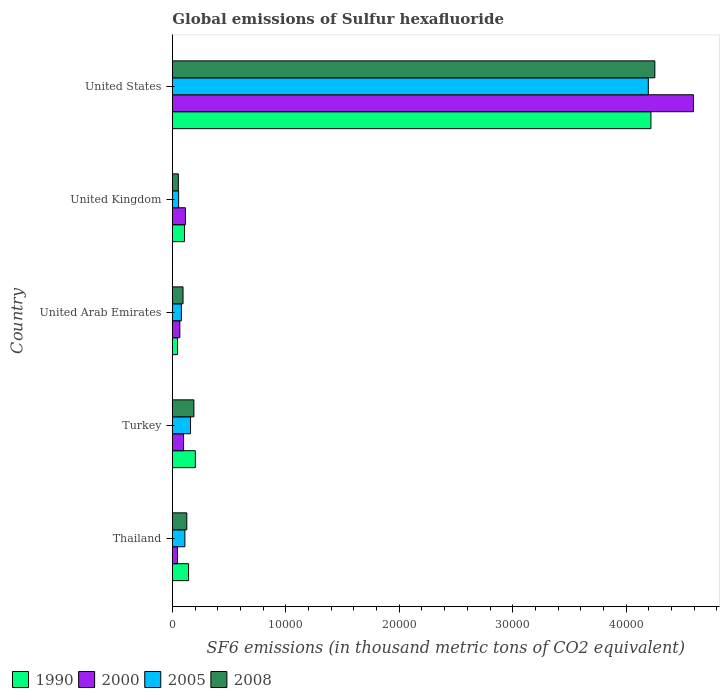
| Country | 1990 | 2000 | 2005 | 2008 |
 | --- | --- | --- | --- | --- |
 | Thailand | 1.43e+03 | 453 | 1.1e+03 | 1.27e+03 |
 | Turkey | 2.03e+03 | 989 | 1.6e+03 | 1.9e+03 |
 | United Arab Emirates | 456 | 660 | 796 | 941 |
 | United Kingdom | 1.07e+03 | 1.15e+03 | 554 | 529 |
 | United States | 4.22e+04 | 4.59e+04 | 4.2e+04 | 4.25e+04 |